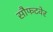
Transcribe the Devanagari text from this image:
सौफटवेर